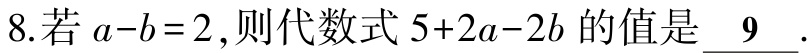
8.若\(a - b = 2\)，则代数式\(5 + 2a - 2b\)的值是 \(\underline{9}\).